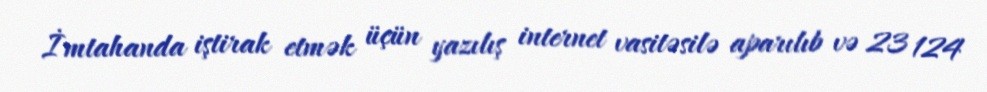
İmtahanda iştirak etmək üçün yazılış internet vasitəsilə aparılıb və 23 124